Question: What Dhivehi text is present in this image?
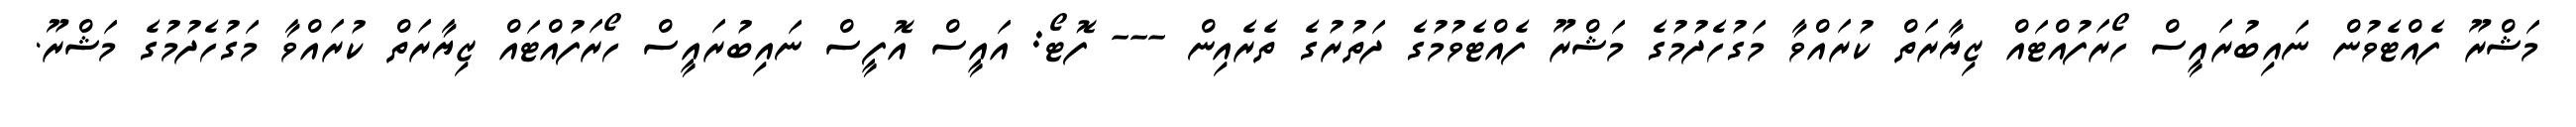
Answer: މަޝްރޫ ފެއްޓެވުން ނައިބުރައީސް ހޯރަފުއްޓައް ޒިޔާރަތް ކުރައްވާ މަގުހެދުމުގެ މަޝްރޫ ފެއްޓެވުމުގެ ދަތުރުގެ ތެރެއިން --- ފޮޓޯ: އައީސް އޮފީސް ނައިބުރައީސް ހޯރަފުއްޓައް ޒިޔާރަތް ކުރައްވާ މަގުހެދުމުގެ މަޝްރޫ.